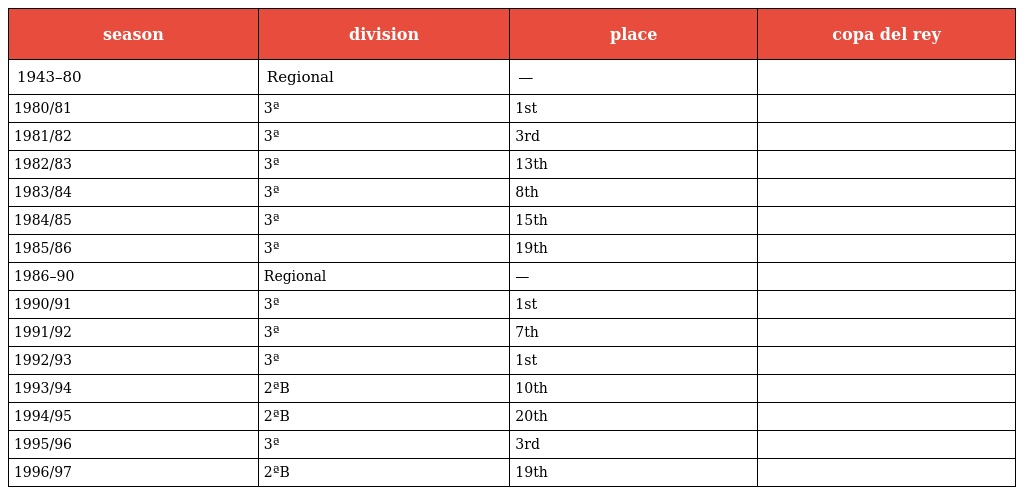
| season | division | place | copa del rey |
 | --- | --- | --- | --- |
 | 1943–80 | Regional | — |  |
 | 1980/81 | 3ª | 1st |  |
 | 1981/82 | 3ª | 3rd |  |
 | 1982/83 | 3ª | 13th |  |
 | 1983/84 | 3ª | 8th |  |
 | 1984/85 | 3ª | 15th |  |
 | 1985/86 | 3ª | 19th |  |
 | 1986–90 | Regional | — |  |
 | 1990/91 | 3ª | 1st |  |
 | 1991/92 | 3ª | 7th |  |
 | 1992/93 | 3ª | 1st |  |
 | 1993/94 | 2ªB | 10th |  |
 | 1994/95 | 2ªB | 20th |  |
 | 1995/96 | 3ª | 3rd |  |
 | 1996/97 | 2ªB | 19th |  |